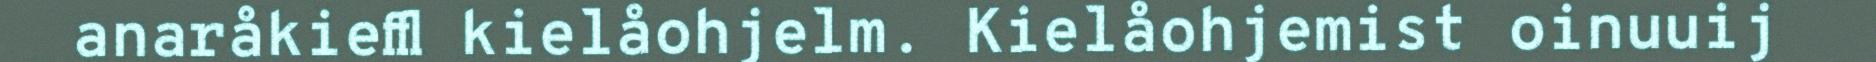
anaråkieffl kielåohjelm. Kielåohjemist oinuuij